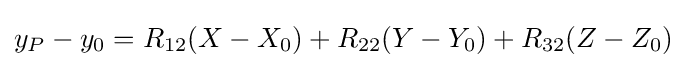
y_{P}-y_{0}=R_{12}(X-X_{0})+R_{22}(Y-Y_{0})+R_{32}(Z-Z_{0})